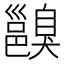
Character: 𨞑